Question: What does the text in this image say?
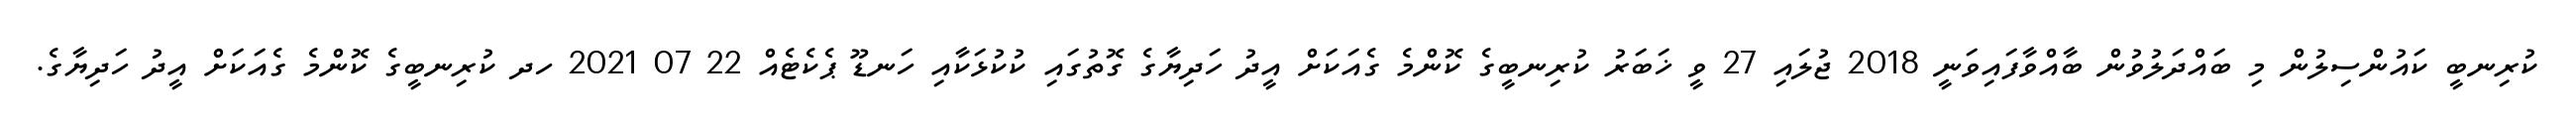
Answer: ކުރިނބީ ކައުންސިލުން މި ބައްދަލުވުން ބާއްވާފައިވަނީ 2018 ޖުލައި 27 ވީ ޚަބަރު ކުރިނބީގެ ކޮންމެ ގެއަކަށް އީދު ހަދިޔާގެ ގޮތުގައި ކުކުޅަކާއި ހަނޑޫ ޕެކެޓެއް 22 07 2021 ހދ ކުރިނބީގެ ކޮންމެ ގެއަކަށް އީދު ހަދިޔާގެ.